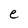
Character: e